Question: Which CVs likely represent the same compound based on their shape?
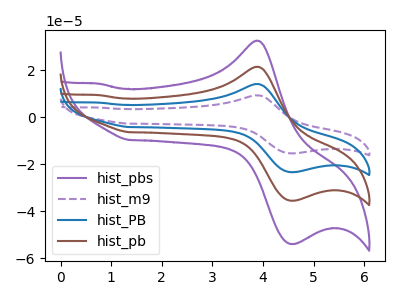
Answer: <think>The purple curve "hist_pbs" has an anodic peak at (3.85V, 32.55uA) and a cathodic peak at (4.55V, -53.90uA). The purple dashed curve "hist_m9" has an anodic peak at (3.85V, 64.25uA) and a cathodic peak at (4.55V, -106.50uA). The blue curve "hist_PB" has an anodic peak at (3.85V, 42.85uA) and a cathodic peak at (4.55V, -71.00uA). The brown curve "hist_pb" has an anodic peak at (3.85V, 21.40uA) and a cathodic peak at (4.55V, -35.50uA).
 All the peaks in "hist_pbs" have a peak in "hist_m9" at the same potential. Every peak in "hist_pbs" is lower than every peak in "hist_m9". All the peaks in "hist_pbs" have a peak in "hist_PB" at the same potential. Every peak in "hist_pbs" is lower than every peak in "hist_PB". All the peaks in "hist_pbs" have a peak in "hist_pb" at the same potential. Every peak in "hist_pbs" is higher than every peak in "hist_pb". All the peaks in "hist_m9" have a peak in "hist_PB" at the same potential. Every peak in "hist_m9" is higher than every peak in "hist_PB". All the peaks in "hist_m9" have a peak in "hist_pb" at the same potential. Every peak in "hist_m9" is higher than every peak in "hist_pb". All the peaks in "hist_PB" have a peak in "hist_pb" at the same potential. Every peak in "hist_PB" is higher than every peak in "hist_pb".</think>
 <answer>"hist_pbs", "hist_m9", "hist_PB" and "hist_pb" have the same shape and are likely CV's of the same chemical.</answer>
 <eval>"hist_pbs" "hist_m9" "hist_PB" "hist_pb"</eval>